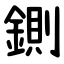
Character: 鍘